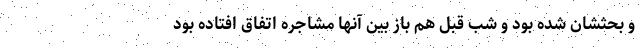
و بحثشان شده بود و شب قبل هم باز بین آنها مشاجره اتفاق افتاده بود